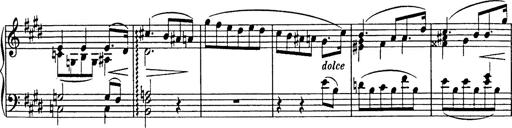
Title: Consolations
Composer: Franz Liszt